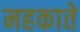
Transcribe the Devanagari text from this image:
महकाते